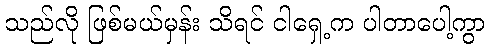
သည်လို ဖြစ်မယ်မှန်း သိရင် ငါရှေ့က ပါတာပေါ့ကွာ